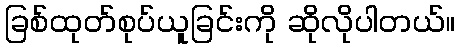
ခြစ်ထုတ်စုပ်ယူခြင်းကို ဆိုလိုပါတယ်။